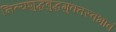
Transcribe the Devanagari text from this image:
नित्यशुद्धबुद्धमुक्तस्वभावं